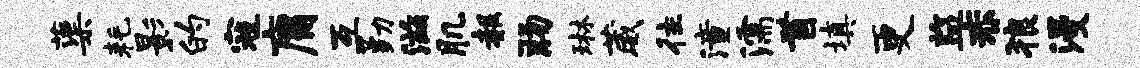
蕖耗影的寇庸互勤滋肌赧肠琳葳往潼濡首填更监赤狼漫